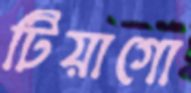
টিয়াগো